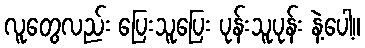
လူတွေလည်း ပြေးသူပြေး ပုန်းသူပုန်း နဲ့ပေါ့။